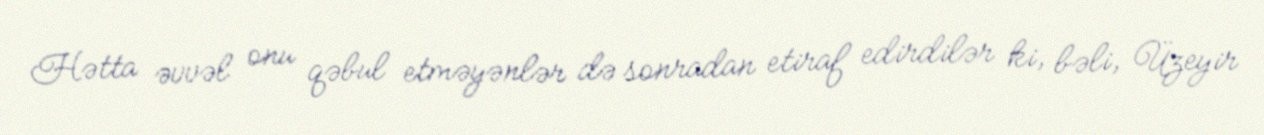
Hətta əvvəl onu qəbul etməyənlər də sonradan etiraf edirdilər ki, bəli, Üzeyir